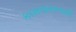
કામવાસનાથી